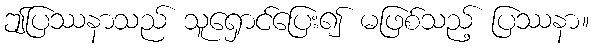
ဤပြဿနာသည် သူရှောင်ပြေး၍ မဖြစ်သည့် ပြဿနာ။